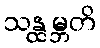
သန္ထမ္ဘတိ